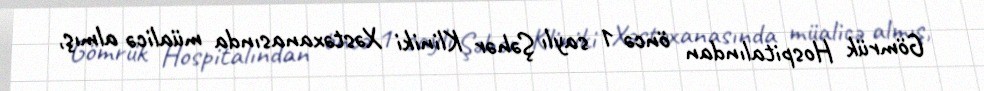
Gömrük Hospitalından öncə 1 saylı Şəhər Kliniki Xəstəxanasında müalicə almış,